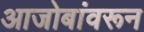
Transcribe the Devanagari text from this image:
आजोबांवरून